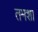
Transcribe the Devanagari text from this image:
तमशा